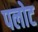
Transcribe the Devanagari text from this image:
पलोट